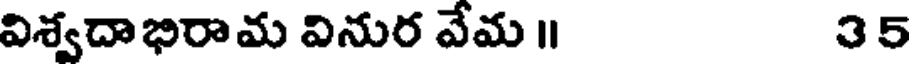
విశ్వదాభిరామ వినుర వేమ ॥ 35